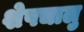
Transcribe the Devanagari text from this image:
शेषचालु